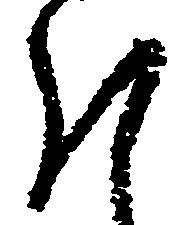
謹